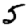
Digit: 5